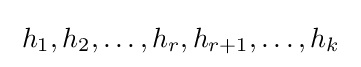
\;h_{1},h_{2},\ldots ,h_{r},h_{r+1},\ldots ,h_{k}\;